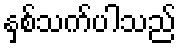
နှစ်သက်ပါသည်